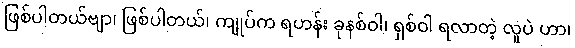
ဖြစ်ပါတယ်ဗျာ၊ ဖြစ်ပါတယ်၊ ကျုပ်က ရဟန်း ခုနစ်ဝါ၊ ရှစ်ဝါ ရလာတဲ့ လူပဲ ဟာ၊